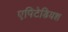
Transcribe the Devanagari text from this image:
एपिटेडियश